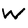
Character: w